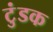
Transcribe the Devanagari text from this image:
टुंडक